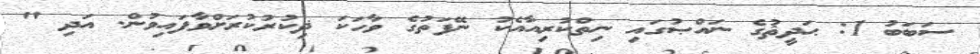
ސަބަބު 1: ޙަދީޘުގެ ނައްޞުގައި ނިތްކުރިއާއެކު ނޭފަތުގެ ވާހަކަ ޛިކުރުކުރަށްވާފައިވުން. އަދި "